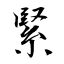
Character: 緊